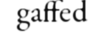
gaffed